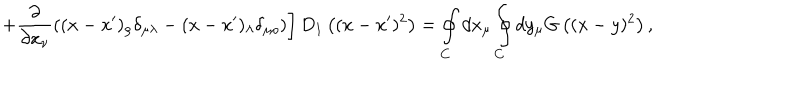
\left. + \frac { \partial } { \partial x _ { \nu } } ( ( x - x ^ { \prime } ) _ { \rho } \delta _ { \mu \lambda } - ( x - x ^ { \prime } ) _ { \lambda } \delta _ { \mu \rho } ) \right] D _ { 1 } \left( ( x - x ^ { \prime } ) ^ { 2 } \right) = \oint _ { C } ^ { } d x _ { \mu } \oint _ { C } ^ { } d y _ { \mu } G \left( ( x - y ) ^ { 2 } \right) ,